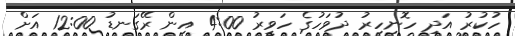
ހުކުރު އަދި ހޮނިހިރު ދުވަހުގެ ހަވީރު 4:00 އިން ރޭގަނޑު 12:00 އަށް